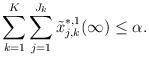
LaTeX: \begin{align*}\sum_{k=1}^K\sum_{j=1}^{J_k} \tilde x^{*,1}_{j,k}(\infty) \leq \alpha. \end{align*}